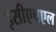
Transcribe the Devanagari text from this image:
इसीएचएल